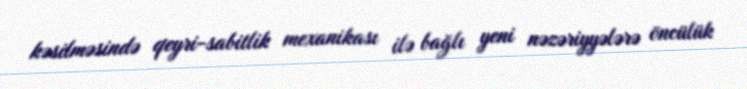
kəsilməsində qeyri-sabitlik mexanikası ilə bağlı yeni nəzəriyyələrə öncülük